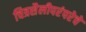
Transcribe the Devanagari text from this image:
चित्रशैलीपरंपरेचे